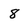
Character: 8